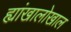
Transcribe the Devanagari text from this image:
ह्यांखालोखाल